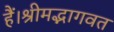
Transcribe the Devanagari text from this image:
हैं।श्रीमद्भागवत